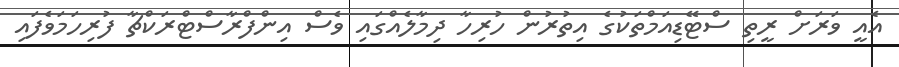
އެއީ ވަރަށް ރީތި ސްޓޭޑިއަމްތަކުގެ އިތުރުން ހުރިހާ ދިމާލެއްގައި ވެސް އިންފްރާސްޓްރަކްޗާ ފުރިހަމަވެފައި